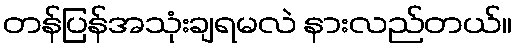
တန်ပြန်အသုံးချရမလဲ နားလည်တယ်။